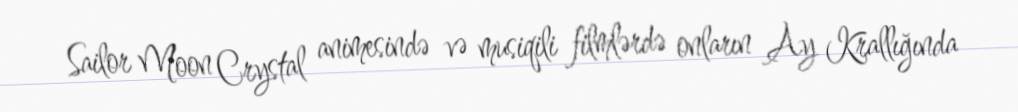
Sailor Moon Crystal animesində və musiqili filmlərdə onların Ay Krallığında